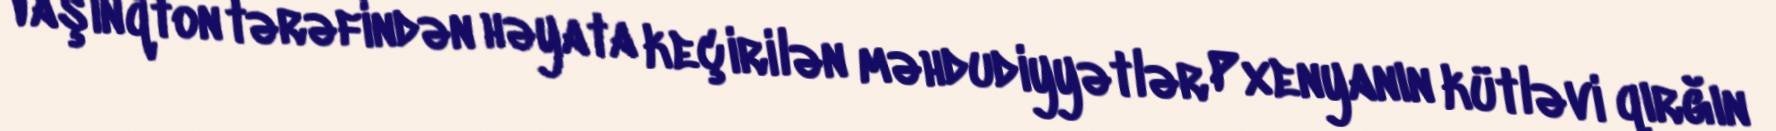
Vaşinqton tərəfindən həyata keçirilən məhdudiyyətlər Pxenyanın kütləvi qırğın